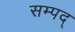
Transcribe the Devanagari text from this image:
सम्पद्